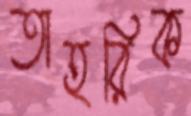
তাহরিক